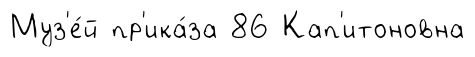
Муз'е́й пр'ика́за 86 Кап'итоновна